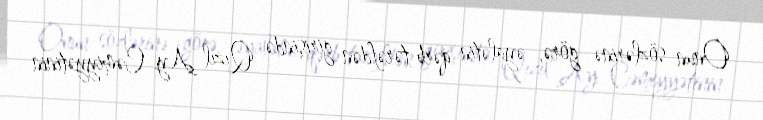
Onun sözlərinə görə, əyalətin qərb tərəfdən girişində Qızıl Ay Cəmiyyətinin